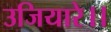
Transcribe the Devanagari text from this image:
उजियारे।।